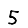
Digit: 5